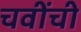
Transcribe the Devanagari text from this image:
चवींची